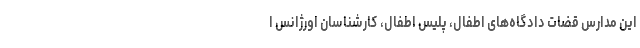
این مدارس قضات دادگاه‌های اطفال، پلیس‌ اطفال، کارشناسان اورژانس ا